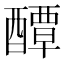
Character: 醰